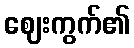
ဈေးကွက်၏